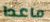
ماعدا